Annual report of the Punjab Veterinary College and of the Civil Veterinary Department, Punjab - 1920-1925
Year: 1920
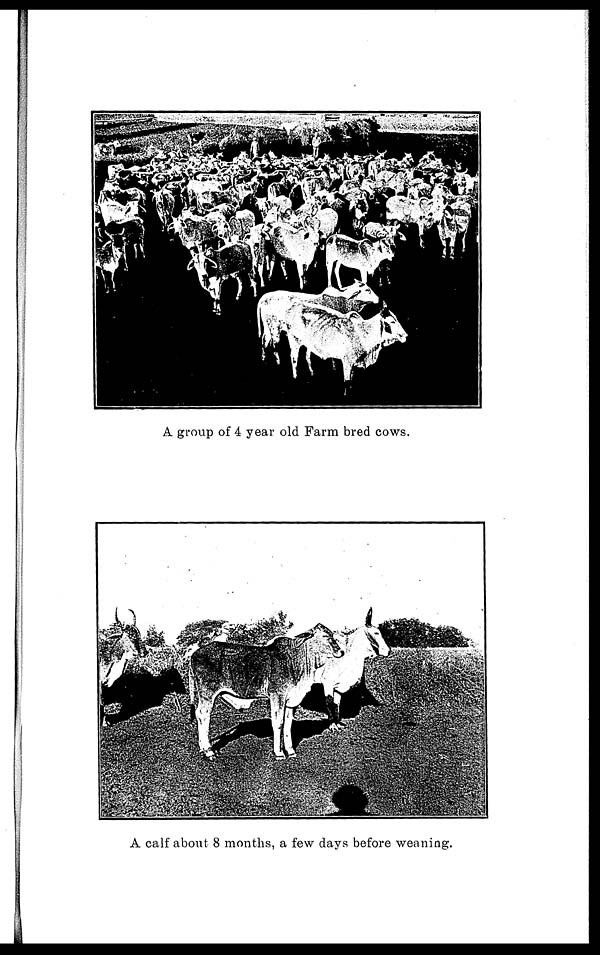
A group of 4 year old Farm bred cows.
A calf about 8 months, a few days before weaning.